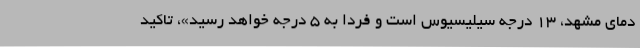
دمای مشهد، 13 درجه سیلیسیوس است و فردا به 5 درجه خواهد رسید»، تاکید